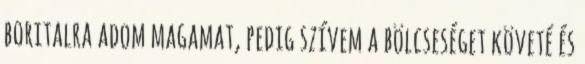
boritalra adom magamat, pedig szívem a bölcseséget követé és